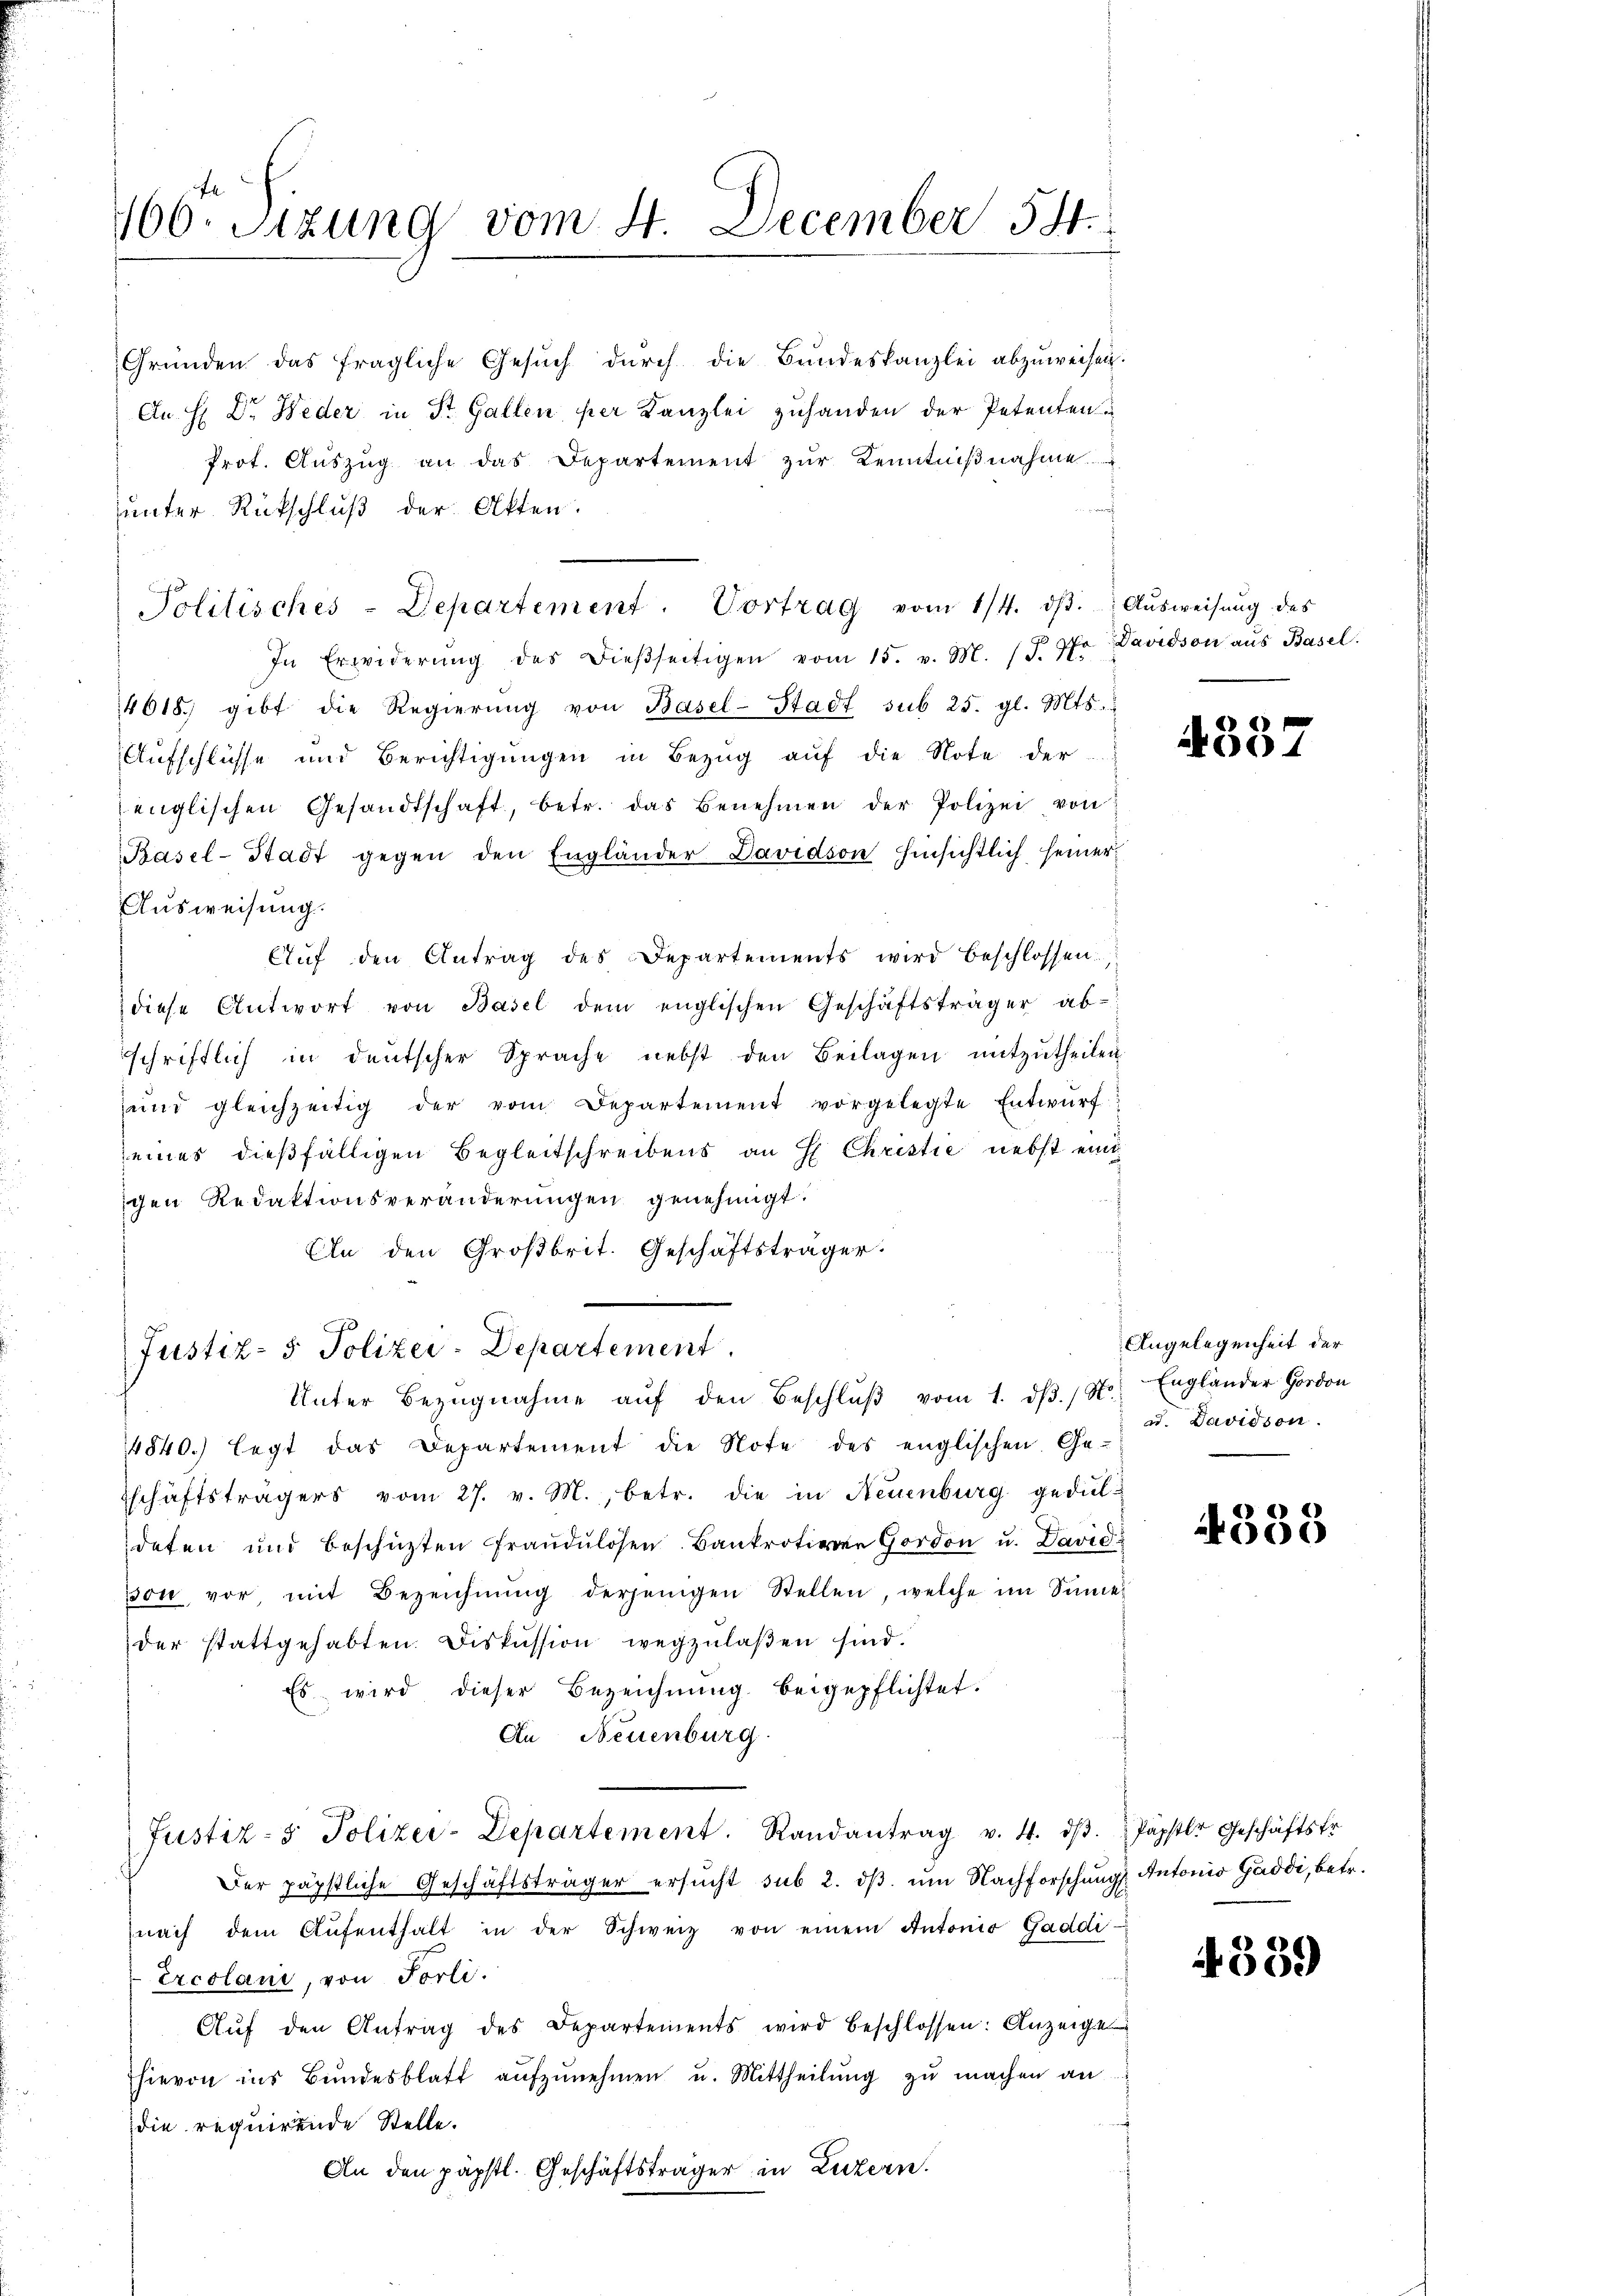
Gründen das fragliche Gesŭch dŭrch die Bŭndeskanzlei abzŭweisen.
An H: Dr. Weder in St. Gallen per Kanzlei zuhanden der Petenten
Prot. Aŭszŭg an das Departement zŭr Kenntniβnahme
unter Rückschluß der Akten.
In Erwiderŭng des dieβseitigen vom 15. v. M. (S. 3o Davidson aŭs Basel.
4618. gibt die Regierŭng von Basel-Stadt sub 25. gl. Mts.
Aufschlüsse und Berichtigungen in Bezug auf die Note der
englischen Gesandtschaft, betr. das Benehmen der Polizei von
Basel-Stadt gegen den Engländer Davidson hinsichtlich seiner¬
Ausweisung.
Aŭf den Antrag des Departements wird beschlossen:
diese Antwort von Basel dem englischen Geschäftsträger ab-
schriftlich in deutscher Sprache nebst den Beilagen mitzutheilen
ŭnd gleichzeitig der vom Departement vorgelegte Entwŭrf
eines dießfälligen Begleitschreibens an H. Christie nebst eint
igen Redaktionsveränderungen genehmigt.
An den Großbrit. Geschäftsträger.
Justiz- & Polizei-Departement.
Unter Bezugnahme aŭf den Beschlŭβ vom 1. dβ. / N.
14840.) legt das Departement die Note des englischen Ge-
schäftsträgers vom 27. v. M., betr. die in Neuenburg geduldeten und beschüzten Fraudulosen. Bankrotiven Gordon u. David
von vor, mit Bezeichnŭng derjenigen Stellen, welche im Sinne
der stattgehabten. Diskussion wegzulaßen sind.
Es wird dieser Bezeichnung beigepflichtet.
An Neuenburg
Justiz- & Polizer-Departement. Randantrag v. 4. dβ. Päpstl. Geschäftsfr.
Der päpstliche Geschäftsträger ersucht sub 2. dβ ŭm Nachforschungs Antonio Gäddi, betr.
nach dem Aŭfenthalt in der Schweiz von einem Antonio Gaddi¬
Ercolani, von Forli.
Aŭf den Antrag des Departements wird beschlossen: Anzeige
hievon ins Bŭndesblatt aŭfzŭnehmen u. Mittheilŭng zŭ machen an
die requirende Stelle.
An den päpstl. Geschäftsträger in Luzern.

166. Sitzung vom 4. December 54.

Politisches-Departement. Vortrag vom 1/4. dβ. Aŭsweisŭng des

4537

Angelegenheit der
Englander Gordon
ud. Davidson

4338

4559